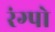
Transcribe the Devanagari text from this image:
रंग्पो